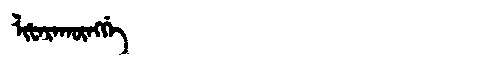
Manchu: ᠯᡳᡶᠠᡵᠠᡴᡡᠩᡤᡝ
Romanization: LIFARAKŪNGGE